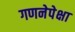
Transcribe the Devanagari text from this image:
गणनेपेक्षा